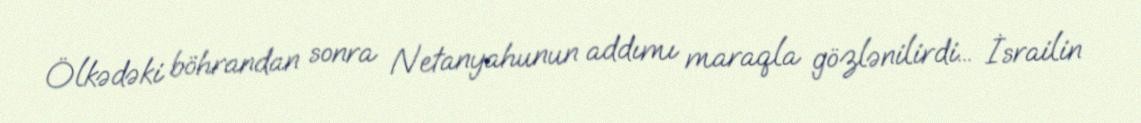
Ölkədəki böhrandan sonra Netanyahunun addımı maraqla gözlənilirdi... İsrailin